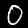
Label: 0